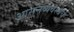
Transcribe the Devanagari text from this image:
आसनव्यवस्थेचे